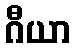
ဂီယာ